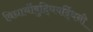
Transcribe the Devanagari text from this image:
विद्यार्थीबुद्धिवर्द्धिनी